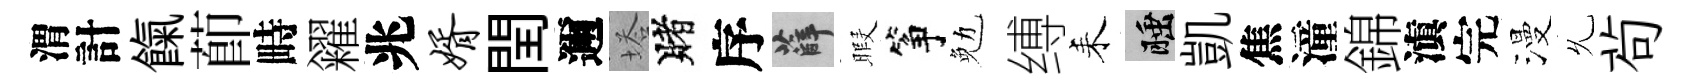
渭計餼莭畤糴兆婿閏邇塔賭序薛暇筝勉缚耒睡凱焦潼錦滇完漫𠃔茍